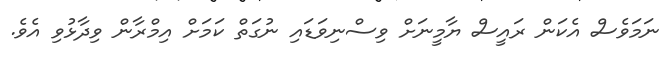
ނަމަވެސް އެކަން ރައީސް ޔާމީނަށް ވިސްނިވަޑައި ނުގަތް ކަމަށް އިމްރާން ވިދާޅުވި އެވެ.